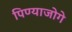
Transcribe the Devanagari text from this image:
पिण्याजोगे